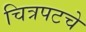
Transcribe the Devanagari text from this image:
चित्रपटचे